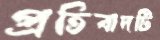
প্রতিবাদটি